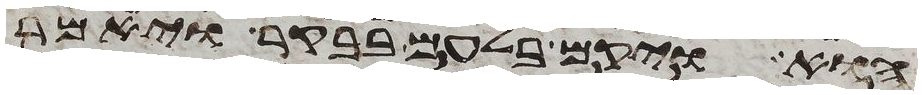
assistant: הוא ויקם בלעם בבקר ויאמר